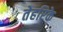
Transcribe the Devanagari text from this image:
तेहरिके